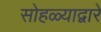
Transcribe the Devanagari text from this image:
सोहळ्याद्वारे